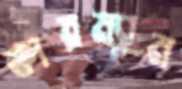
ফারম্যান